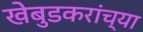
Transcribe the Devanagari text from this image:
खेबुडकरांच्या